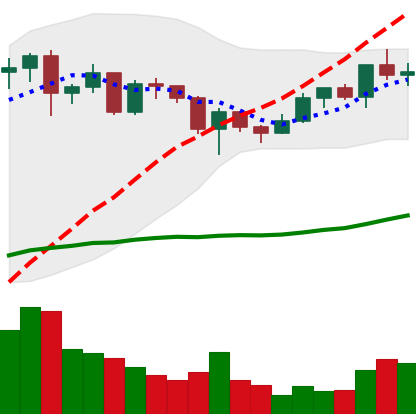
Ticker: ADA-USD
Chart end date: 2020-12-18
Forward return: -17.331%
Label: down_7plus